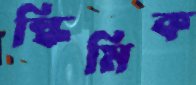
স্কিমিক